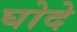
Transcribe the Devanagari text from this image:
घोदे